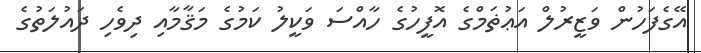
އޭގެފަހުން ވަޒީރުލް އަޢުޡަމްގެ އޮފީހުގެ ހާއްސަ ވަކީލު ކަމުގެ މަޤާމާއި ދިވެހި ދައުލަތުގެ